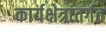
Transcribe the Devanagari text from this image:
कार्यक्षेत्रांतर्गत